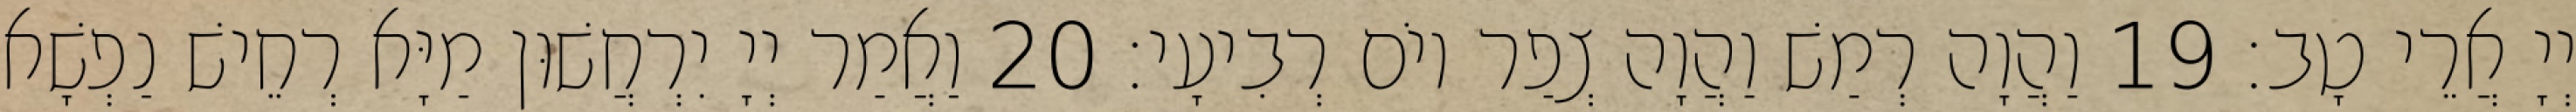
יְיָ אֲרֵי טָב׃ 19 וַהֲוָה רְמַשׁ וַהֲוָה צְפַר יוֹם רְבִיעָי׃ 20 וַאֲמַר יְיָ יִרְחֲשׁוּן מַיָּא רְחֵישׁ נַפְשָׁא